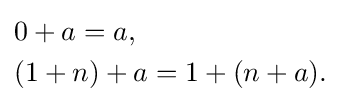
{\begin{aligned}&0+a=a,\\&(1+n)+a=1+(n+a).\end{aligned}}